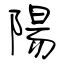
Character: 陽